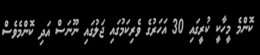
ކޮންމެ މީހާކީ ކުރީގައި 30 އަހަރުގެ ވެރިކަމުގައި ޖަލުގައި ނޫނަސް އަދި ކޮންމެވެސް